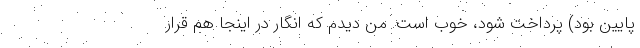
پایین بود) پرداخت شود، خوب است. من دیدم که انگار در اینجا هم قرار